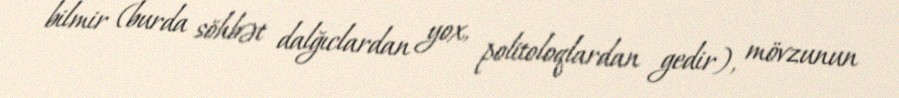
bilmir (burda söhbət dalğıclardan yox, politoloqlardan gedir), mövzunun